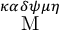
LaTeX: \stackrel { \kappa \alpha \delta \psi \mu \eta } { \mathrm { M } }